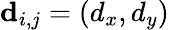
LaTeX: \mathbf{d}_{i,j}=(d_{x},d_{y})